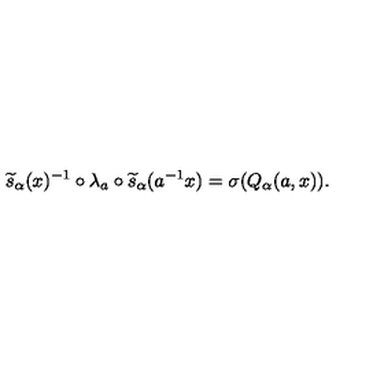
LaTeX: \widetilde { s } _ { \alpha } ( x ) ^ { - 1 } \circ \lambda _ { a } \circ \widetilde { s } _ { \alpha } ( a ^ { - 1 } x ) = \sigma ( Q _ { \alpha } ( a , x ) ) .